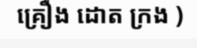
គ្រឿង ដោត ក្រង )